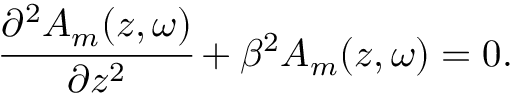
\cfrac { \partial ^ { 2 } A _ { m } ( z , \omega ) } { \partial z ^ { 2 } } + \beta ^ { 2 } A _ { m } ( z , \omega ) = 0 .